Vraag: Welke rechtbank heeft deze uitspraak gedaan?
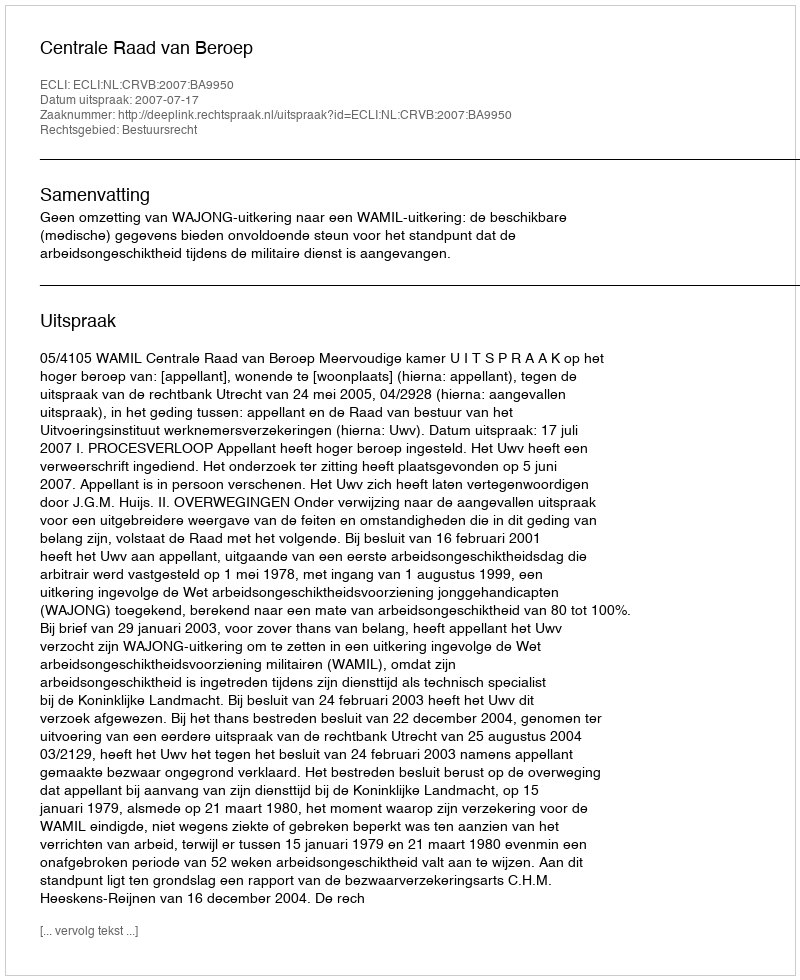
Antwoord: Centrale Raad van Beroep